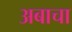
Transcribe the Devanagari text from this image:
अबाचा